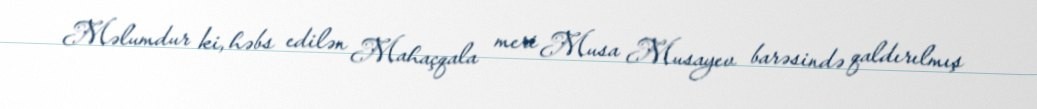
Məlumdur ki, həbs edilən Mahaçqala meri Musa Musayev barəsində qaldırılmış